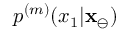
p ^ { ( m ) } ( x _ { 1 } | \mathbf { x } _ { \ominus } )